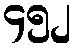
၄၅၂